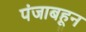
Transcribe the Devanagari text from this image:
पंजाबहून